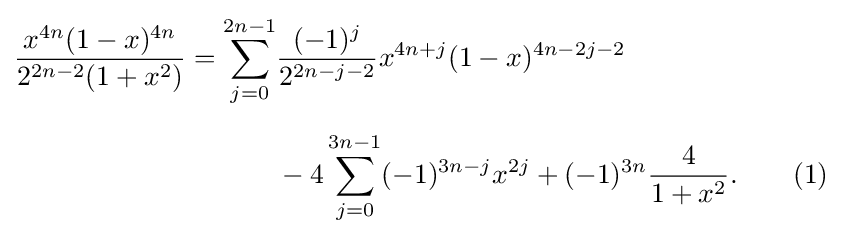
{\begin{aligned}{\frac {x^{4n}(1-x)^{4n}}{2^{2n-2}(1+x^{2})}}=\sum _{j=0}^{2n-1}&{\frac {(-1)^{j}}{2^{2n-j-2}}}x^{4n+j}(1-x)^{4n-2j-2}\\[6pt]&{}-4\sum _{j=0}^{3n-1}(-1)^{3n-j}x^{2j}+(-1)^{3n}{\frac {4}{1+x^{2}}}.\qquad (1)\end{aligned}}